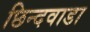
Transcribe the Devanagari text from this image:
छिन्दवाडा